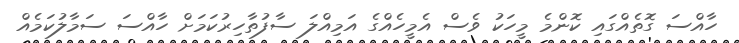
ހާއްސަ ގޮތެއްގައި ކޮންމެ މީހަކު ވެސް އެމީހެއްގެ އަމިއްލަ ސާފުތާހިރުކަމަށް ހާއްސަ ސަމާލުކަމެއް